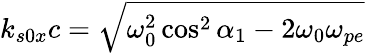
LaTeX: k_{s0x}c=\sqrt{\omega_{0}^{2}\cos^{2}\alpha_{1}-2\omega_{0}\omega_{pe}}